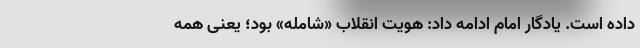
داده است. یادگار امام ادامه داد: هویت انقلاب «شامله» بود؛ یعنی همه